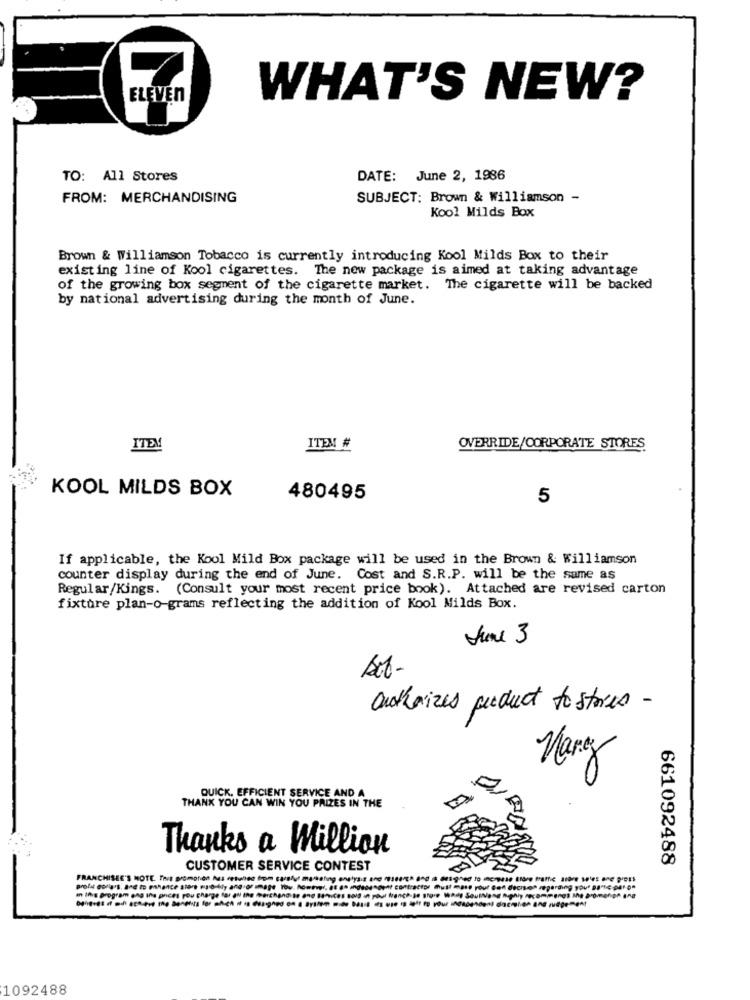
ELEVEN
WHAT'S NEW?
TO: All Stores
DATE: June 2, 1986
FROM: MERCHANDISING
SUBJECT: Brown & Williamson -
Kool Milds Box
Brown & Williamson Tobacco is currently introducing Kool Milds Box to their
existing line of Kool cigarettes. The new package is aimed at taking advantage
of the growing box segment of the cigarette market. The cigarette will be backed
by national advertising during the month of June.
ITEM
ITEM #
OVERRIDE/CORPORATE STORES
KOOL MILDS BOX
480495
5
If applicable, the Kool Mild Box package will be used in the Brown & Williamson
counter display during the end of June. Cost and S.R.P. will be the same as
Regular/Kings. (Consult your most recent price book). Attached are revised carton
fixture plan-o-grams reflecting the addition of Kool Milds Box.
June 3
authorizes product to stres -
Mary
QUICK, EFFICIENT SERVICE AND A
THANK YOU CAN WIN YOU PRIZES IN THE
Thanks a Million
661092488
CUSTOMER SERVICE CONTEST
in this program ong tha ances you charge for all the merchandise end 18*ces 8013 in poul franch-je store WAds Southend Aphiy recam,mengs she aromehigh ang
1092488